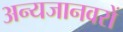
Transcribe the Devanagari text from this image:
अन्यजानवरों